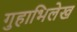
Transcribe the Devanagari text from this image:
गुहाभिलेख